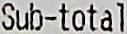
SUB-TOTAL